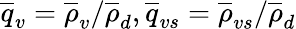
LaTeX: \overline{{q}}_{v}=\overline{{\rho}}_{v}/\overline{{\rho}}_{d},\overline{{q}}_{vs}=\overline{{\rho}}_{vs}/\overline{{\rho}}_{d}